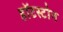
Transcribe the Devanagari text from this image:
हॉटस्टोन